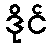
ဒိုင်